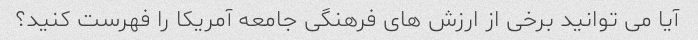
آیا می توانید برخی از ارزش های فرهنگی جامعه آمریکا را فهرست کنید؟